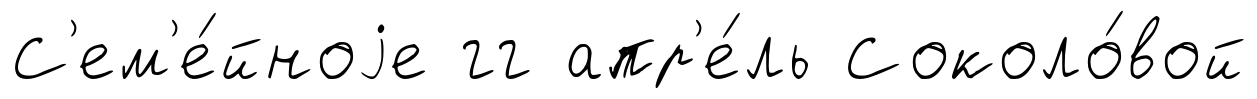
С'ем'е́йноjе гг апр'е́ль Соколо́вой